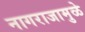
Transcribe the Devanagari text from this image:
नागराजामुळे